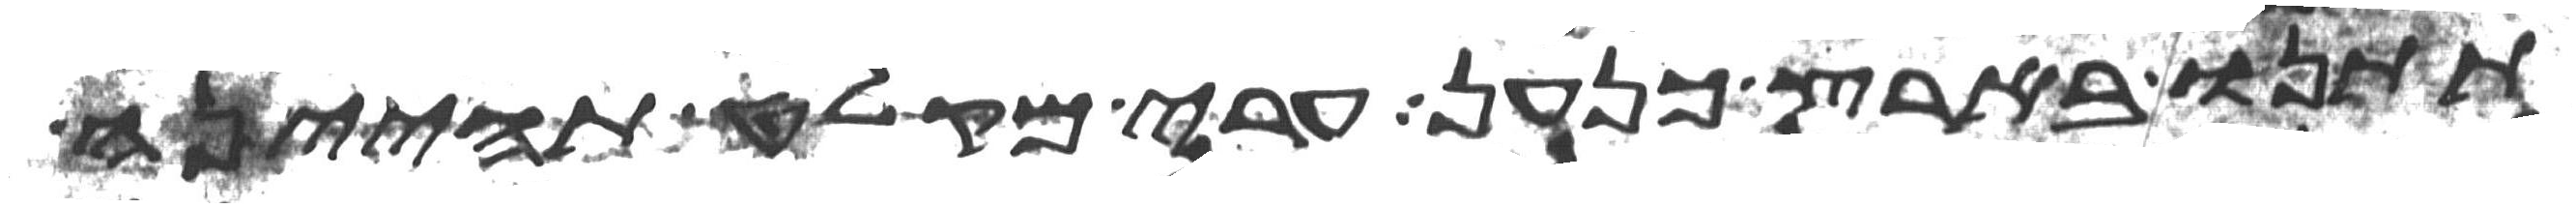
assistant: תתנו בארץ כנען ערי מקלט תהינה